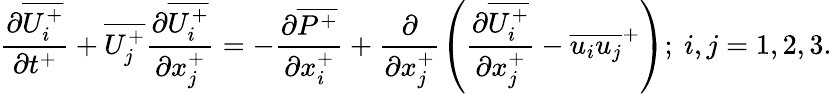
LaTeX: {\frac{\partial\overline{{U_{i}^{+}}}}{\partial t^{+}}}+\overline{{U_{j}^{+}}}\frac{\partial\overline{{U_{i}^{+}}}}{\partial x_{j}^{+}}=-\frac{\partial\overline{{P^{+}}}}{\partial x_{i}^{+}}+\frac{\partial}{\partial x_{j}^{+}}\left(\frac{\partial\overline{{U_{i}^{+}}}}{\partial x_{j}^{+}}-\overline{{u_{i}u_{j}}}^{+}\right);~i,j={1,2,3}.